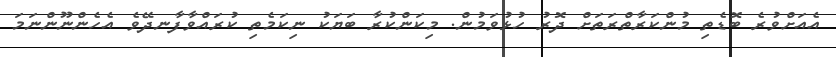
އެއަށްވުރެ ބޮޑެތި މުންކަރާތްރަތަށް ދޮރު ހުޅުވަމުން. މިކަންކުރާ ބަޔަކު ނިކަމެތި ކުރައްވާފާނދޭވެ އެހެންނޫންނަމަ